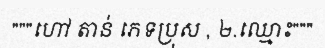
"""ហៅ តាន់ ភេទប្រុស , ២.ឈ្មោះ"""